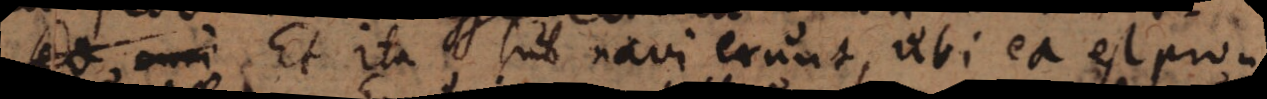
sed Et ita sub navi erunt, ubi ea est pro-